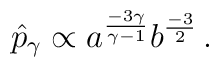
\hat{p}_\gamma \propto a^{{-3\gamma}\over {\gamma-1}} b^{-3\over2} \, .